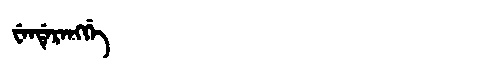
Manchu: ᠸᡝᠨᡩᡝᡵᡝᠩᡤᡝ
Romanization: WENDERENGGE